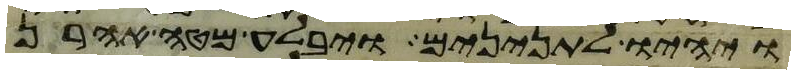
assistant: ויהיו לתנינים ויבלע מטה אהרן